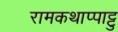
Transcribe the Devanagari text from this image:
रामकथाप्पाट्टु